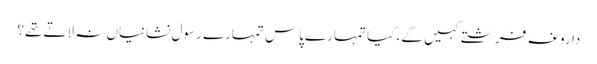
داروغہ فرشتے کہیں گے ،کیا تمہارے پاس تمہارے رسول نشانیاں نہ لاتے تھے؟